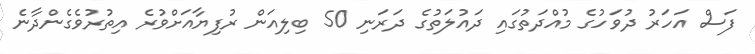
ފަސް އަހަރު ދުވަހުގެ މުއްދަތުގައި ދައުލަތުގެ ދަރަނި 50 ބިލިއަން ރުފިޔާއަށްވުރެ އިތުރުވެގެންދާނެ